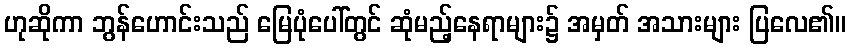
ဟုဆိုကာ ဘွန်ဟောင်းသည် မြေပုံပေါ်တွင် ဆုံမည့်နေရာများ၌ အမှတ် အသားများ ပြလေ၏။